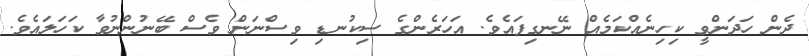
ދެން ހަދަންވީ ކިހިނެއްކަމެއް ނޭނގިފައެވެ. އަހަރެންގެ ސިކުނޑި ވިސްނަން ވެސް ބޭނުންނުވާ ކަހަލައެވެ.